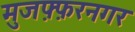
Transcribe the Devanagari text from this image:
मुजफ़्फ़रनगर